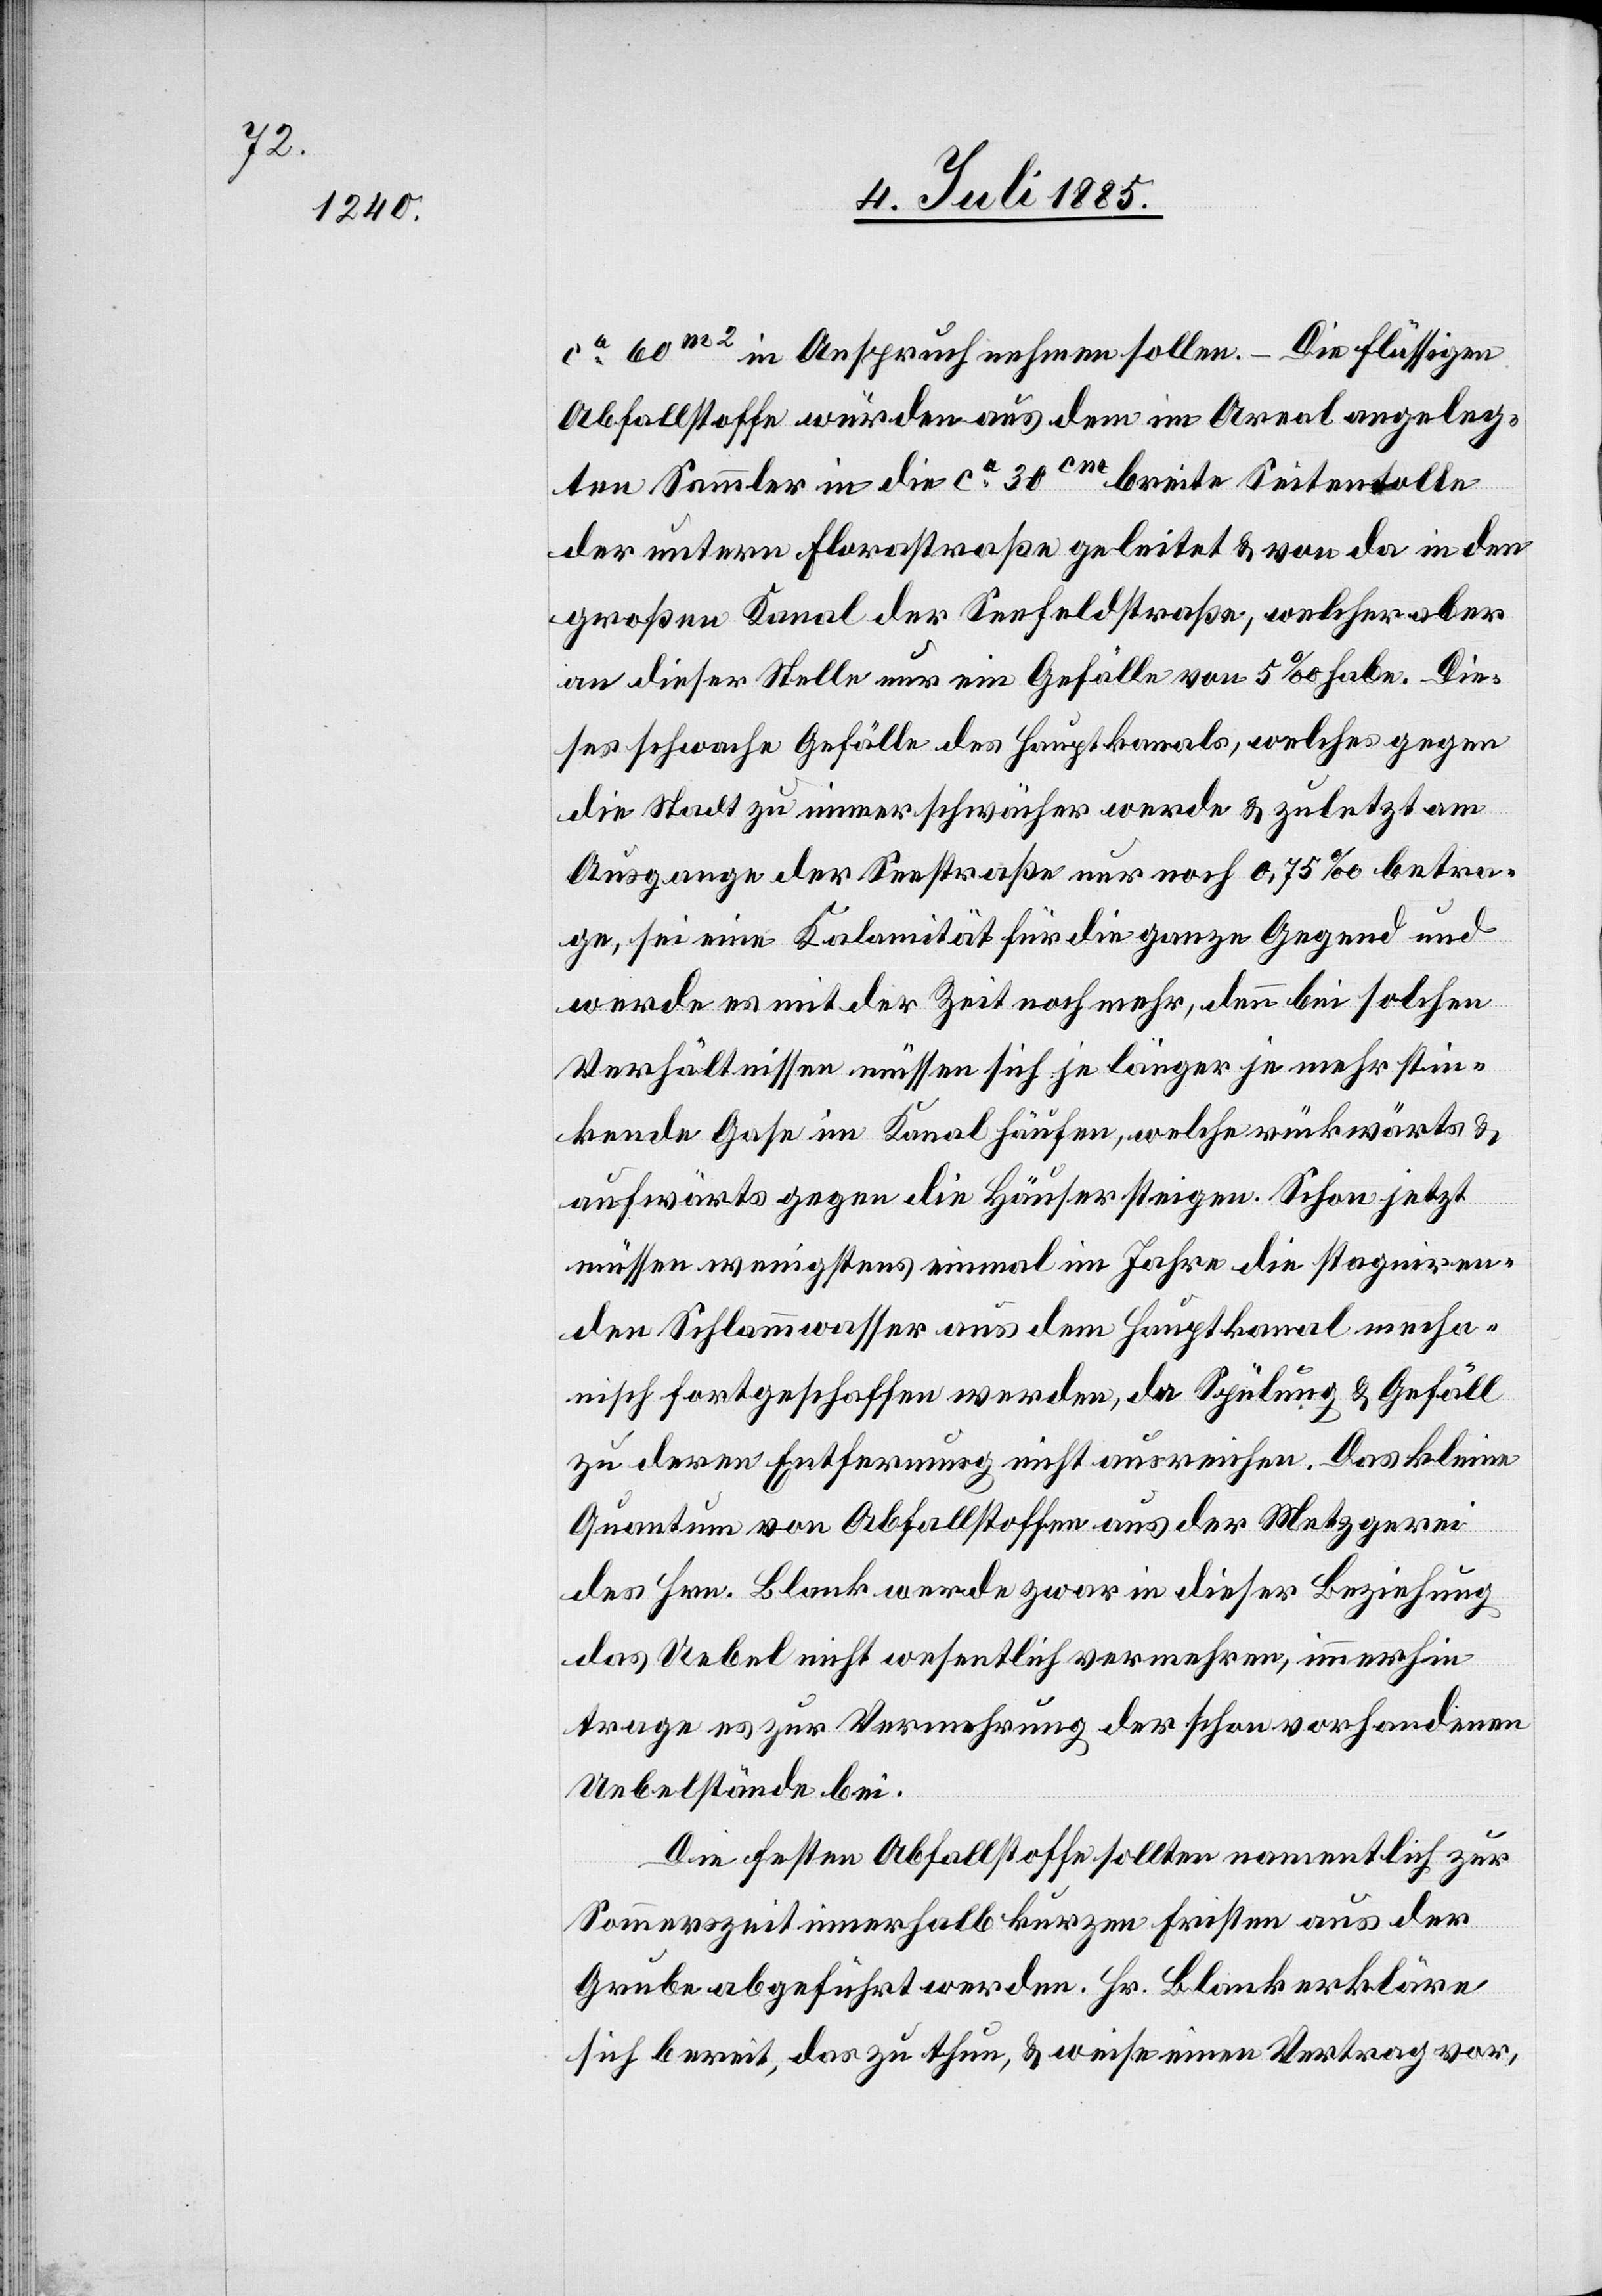
ca 60m2 in Anspruch nehmen sollen. – Die flüssigen
Abfallstoffe würden aus dem im Areal angeleg¬
ten Sammler in die ca 30cm breite Seitentolle
der untern Florastraße geleitet & von da in den
großen Kanal der Seefeldstraße, welcher aber
an dieser Stelle nur ein Gefälle von 5‰ habe. Die¬
ses schwache Gefälle des Hauptkanals, welches gegen
die Stadt zu immer schwächer werde & zuletzt am
Ausgange der Seestraße nur noch 0,75‰ betra¬
ge, sei eine Kalamität für die ganze Gegend und
werde es mit der Zeit noch mehr, denn bei solchen
Verhältnissen müssen sich je länger je mehr stin¬
kende Gase im Kanal häufen, welche rückwärts &
aufwärts gegen die Häuser steigen. Schon jetzt
müssen wenigstens einmal im Jahre die stagniren¬
den Schlammwasser aus dem Hauptkanal mecha¬
nisch fortgeschaffen werden, da Spülung & Gefäll
zu deren Entfernung nicht ausreichen. Das kleine
Quantum von Abfallstoffen aus der Metzgerei
des Hrn. Blank werde zwar in dieser Beziehung
das Uebel nicht wesentlich vermehren, immerhin
trage es zur Vermehrung der schon vorhandenen
Uebelstände bei.
Die festen Abfallstoffe sollten namentlich zur
Sommerzeit innerhalb kurzen Fristen aus der
Grube abgeführt werden. Hr. Blank erkläre
sich bereit, das zu thun, & weise einen Vertrag vor,